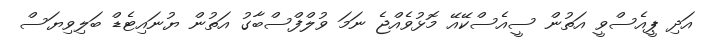
އަދި ޕީއެސްވީ އަތުން ސީއެސްކޭއޭ މޮޅުވެއްޖެ ނަމަ ވުލްފްސްބާގު އަތުން ޔުނައިޓެޑް ބަލިވިޔަސް